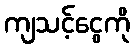
ကျသင့်ငွေကို